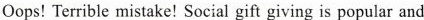
Oops! Terrible mistake! Social gift giving is popular and